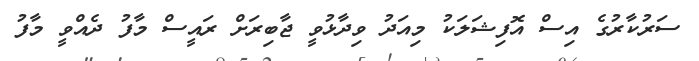
ސަރުކާރުގެ އިސް އޮފިޝަލަކު މިއަދު ވިދާޅުވީ ޖާބިރަށް ރައީސް މާފު ދެއްވީ މާފު